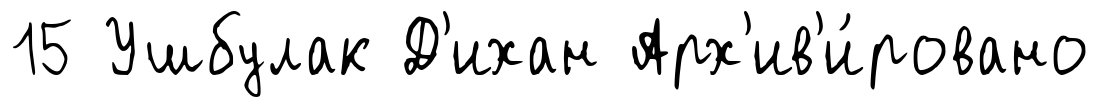
15 Ушбулак Д'ихан Арх'ив'и́ровано